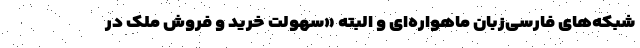
شبکه‌های فارسی‌زبان ماهواره‌ای و البته «سهولت خرید و فروش ملک در